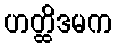
ဟတ္ထိဒမက